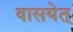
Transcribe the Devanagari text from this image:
वासयेत्